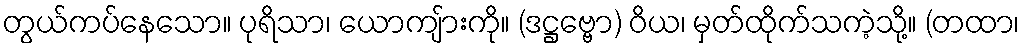
တွယ်ကပ်နေသော။ ပုရိသာ၊ ယောကျ်ားကို။ (ဒဋ္ဌဗ္ဗော) ဝိယ၊ မှတ်ထိုက်သကဲ့သို့။ (တထာ၊